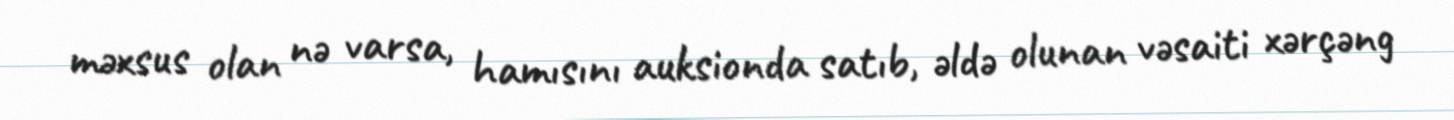
məxsus olan nə varsa, hamısını auksionda satıb, əldə olunan vəsaiti xərçəng